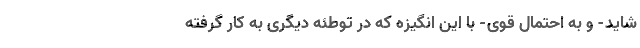
شاید- و به احتمال قوی- با این انگیزه که در توطئه دیگری به کار گرفته